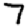
Digit: 7